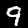
Label: 9